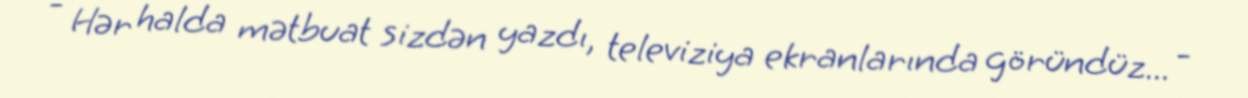
- Hər halda mətbuat sizdən yazdı, televiziya ekranlarında göründüz... -